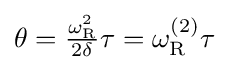
{\textstyle \theta ={\frac {\omega _{\text{R}}^{2}}{2\delta }}\tau =\omega _{\text{R}}^{(2)}\tau }